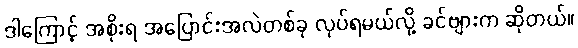
ဒါကြောင့် အစိုးရ အပြောင်းအလဲတစ်ခု လုပ်ရမယ်လို့ ခင်ဗျားက ဆိုတယ်။